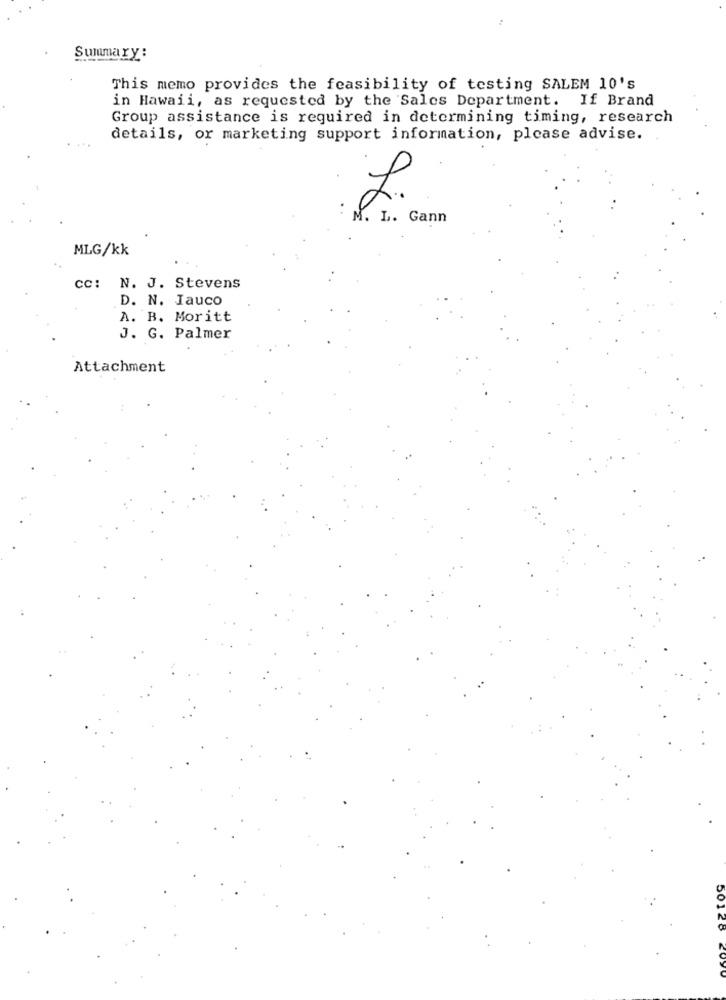
Summary :
This memo provides the feasibility of testing SALEM 10's
in Hawaii, as requested by the Sales Department. If Brand
Group assistance is required in determining timing, research
details, or marketing support information, please advise.
L.
M. L. Gann
MLG/kk
cc: N. J. Stevens
D. N. Iauco
A. B. Moritt
J. G. Palmer
Attachment